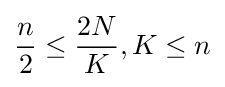
{\frac {n}{2}}\leq {\frac {2N}{K}},K\leq n